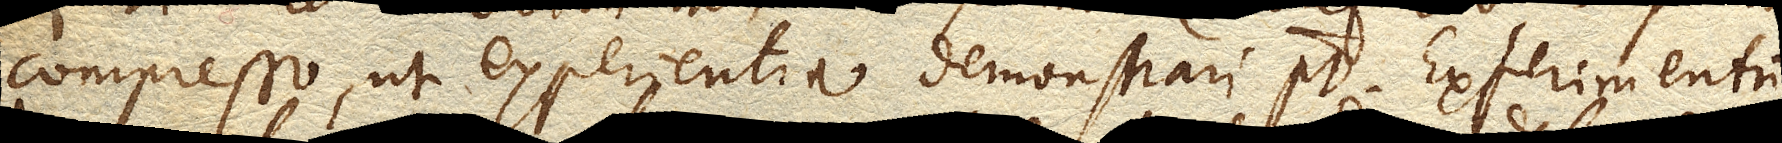
compresso, ut experientia demonstrari potest. Experimentum